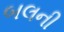
બલની